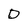
Character: D